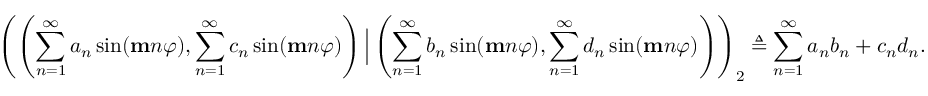
\left( \left( \sum _ { n = 1 } ^ { \infty } a _ { n } \sin ( \mathbf { m } n \varphi ) , \sum _ { n = 1 } ^ { \infty } c _ { n } \sin ( \mathbf { m } n \varphi ) \right) \Big | \left( \sum _ { n = 1 } ^ { \infty } b _ { n } \sin ( \mathbf { m } n \varphi ) , \sum _ { n = 1 } ^ { \infty } d _ { n } \sin ( \mathbf { m } n \varphi ) \right) \right) _ { 2 } \triangleq \sum _ { n = 1 } ^ { \infty } a _ { n } b _ { n } + c _ { n } d _ { n } .